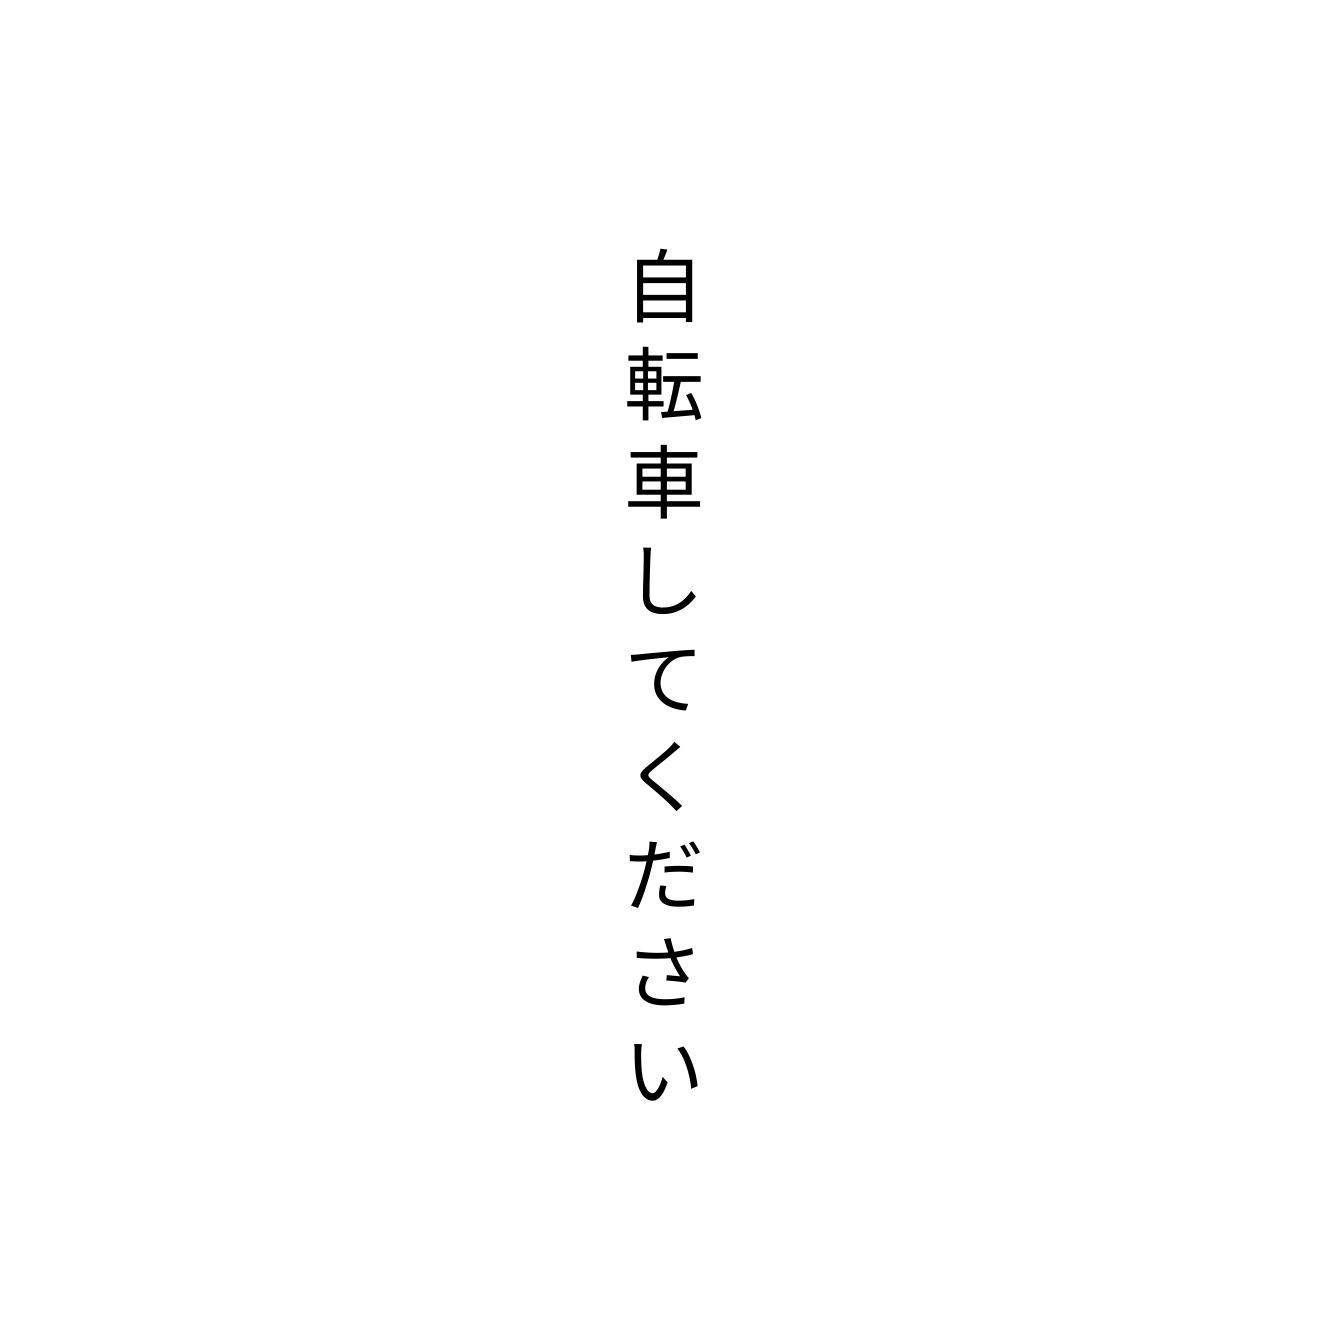
自転車してください